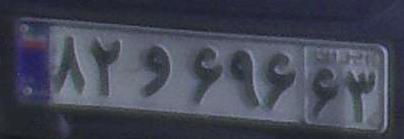
۸۲و۶۹۶۶۳